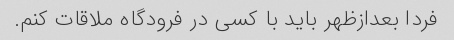
فردا بعدازظهر باید با کسی در فرودگاه ملاقات کنم.